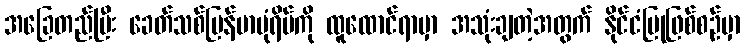
အခြေတည်ပြီး ခေတ်သစ်မြန်မာပုံရိပ်ကို ထူထောင်ရာမှာ အသုံးချတဲ့အတွက် နိုင်ငံပြုဖြစ်စဉ်မှာ